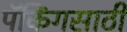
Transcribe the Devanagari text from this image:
पॅकिंगसाठी